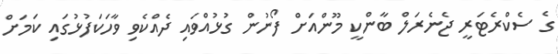
ގެ ސެކްރެޓަރީ ޖެނެރަލް ބާންކީ މޫންއަށް ފޯނުން ގުޅުއްވައި ދެއްކެވި ވާހަކަފުޅުގައި ކަމަށް